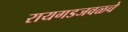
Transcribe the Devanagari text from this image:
रायगडजवळचे